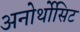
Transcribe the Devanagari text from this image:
अनोर्थोसिट